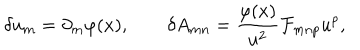
\delta u _ { m } = \partial _ { m } \varphi ( x ) , \qquad \delta A _ { m n } = { \frac { \varphi ( x ) } { u ^ { 2 } } } { \cal F } _ { m n p } u ^ { p } ,